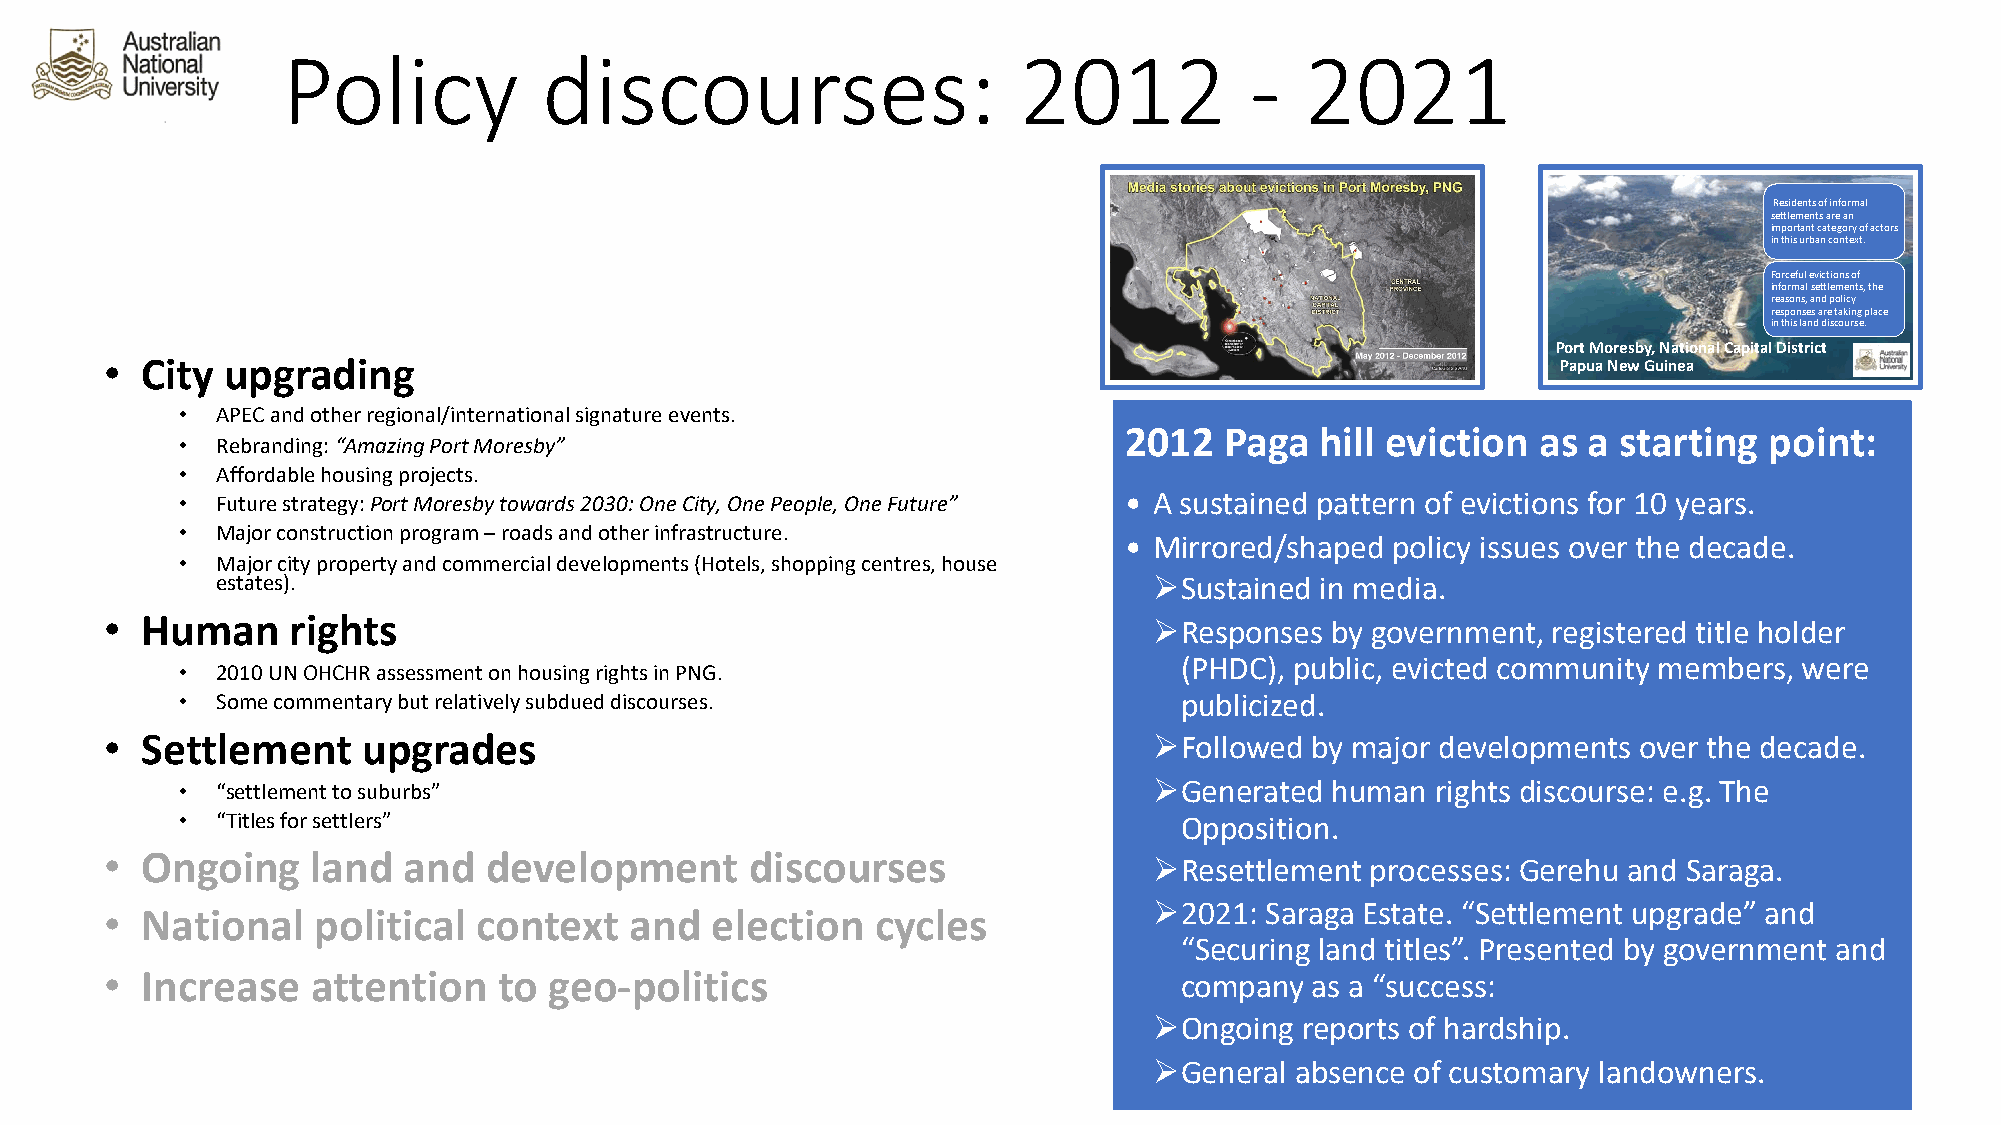
Policy           discourses:                    2012            -  2021
 Residents of informal
 settlements are an
 important category of actors
 in this urban context.
 Forceful evictions of
 informal settlements, the
 reasons, and policy
 responses are taking place
 in this land discourse.
 Port Moresby, National Capital District
 • City  upgrading                                                                               Papua New Guinea
 • APEC and other regional/international signature events.
 2012   Paga  hill eviction  as a starting  point:
 • Rebranding: “Amazing Port Moresby”
 • Affordable housing projects.
 • Future strategy: Port Moresby towards 2030: One City, One People, One Future” • A sustained pattern of evictions for 10 years.
 • Major construction program –roads and other infrastructure.
 • Mirrored/shaped policy issues over the decade.
 • Major city property and commercial developments (Hotels, shopping centres, house
 estates).                                                     ØSustained in media.
 • Human     rights                                                   ØResponses  by government, registered title holder
 (PHDC), public, evicted community members, were
 • 2010 UN OHCHR assessment on housing rights in PNG.
 • Some commentary but relatively subdued discourses.              publicized.
 • Settlement     upgrades                                            ØFollowed  by major developments over the decade.
 • “settlement to suburbs”                                       ØGenerated  human  rights discourse: e.g. The
 • “Titles for settlers”                                           Opposition.
 • Ongoing     land  and  development       discourses                ØResettlement  processes: Gerehu and Saraga.
 • National    political  context   and  election   cycles            Ø2021:  Saraga Estate. “Settlement upgrade” and
 “Securing land titles”. Presented by government and
 • Increase    attention   to geo-politics                              company  as a “success:
 ØOngoing  reports of hardship.
 ØGeneral  absence of customary landowners.